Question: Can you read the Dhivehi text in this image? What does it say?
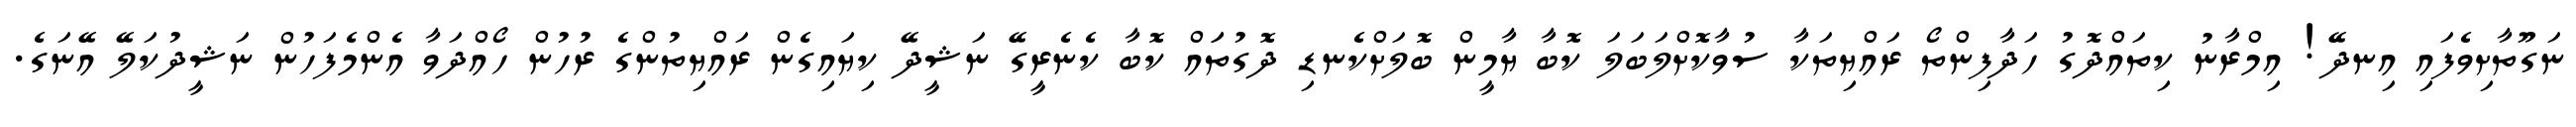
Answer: ނަގޫތާށިވެފައި އިނދޭ! އިމްރާނު ކިތައްދޮގު ހަދާފިންތޯ ރައްޔިތަކާ ސުވާކޮށްލަބަލަ ކޮބާ ޔާމީން ބޮލަށްކެނޑި ދޮގުތަައް ކޮބާ ކެނެރީގޭ ނަޝީދޭ ކިޔައިގެން ރައްޔިތުންގެ ރުހުން ހޯއްދަވާ އެންމެފަހުން ނަޝީދުކަލޭ އޭނަގެ.